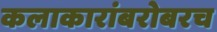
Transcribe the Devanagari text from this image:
कलाकारांबरोबरच